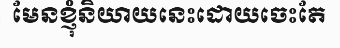
មែនខ្ញុំនិយាយនេះដោយចេះតែ